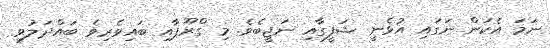
ނަމަ އެކަން ނަގައި އުޅެނީ ޝަފީގާއި ނަޖީބެވެ. މި ގްރޫޕާއި ބައިވެރިވެ ބައްދަލުވި